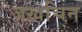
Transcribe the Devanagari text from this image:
ज़ख़चिन